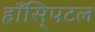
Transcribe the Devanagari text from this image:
हाँसि्पटल